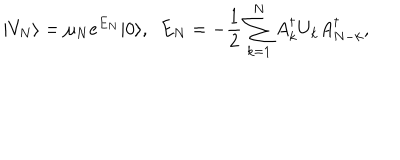
| V _ { N } \rangle = \mu _ { N } e ^ { E _ { N } } | 0 \rangle , \ \ E _ { N } = - { \frac { 1 } { 2 } } \sum _ { k = 1 } ^ { N } A _ { k } ^ { \dagger } U _ { k } A _ { N - k } ^ { \dagger } ,